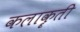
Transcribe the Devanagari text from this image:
कलाकॄती